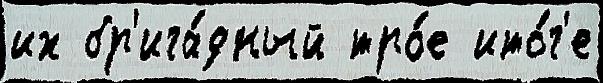
их бр'ига́дный тро́е ито́г'е